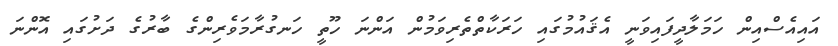
އައިއެސްއިން ހަމަލާދީފައިވަނީ އެޤައުމުގައި ހަރަކާތްތެރިވަމުން އަންނަ ހޫތީ ހަނގުރާމަވެރިންގެ ބާރުގެ ދަށުގައި އޮންނަ